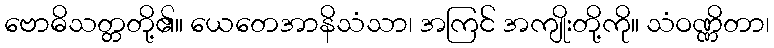
ဗောဓိသတ္တတို့၏။ ယေတေအာနိသံသာ၊ အကြင် အကျိုးတို့ကို။ သံဝဏ္ဏိတာ၊